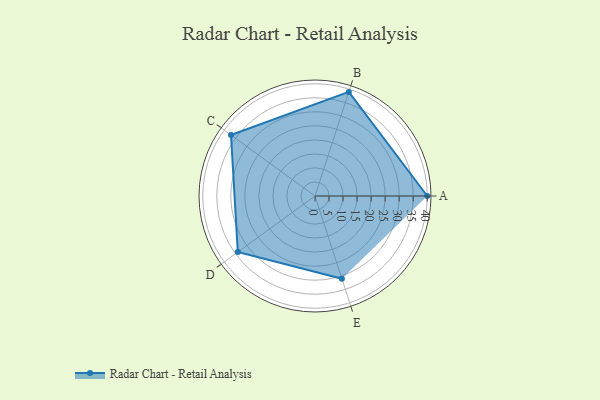
{"axis": {"x": "Skill", "y": "Score"}, "legend": ["Profile"], "data": [{"x": "A", "y": 40.0, "type": "Profile"}, {"x": "B", "y": 39.0, "type": "Profile"}, {"x": "C", "y": 37.0, "type": "Profile"}, {"x": "D", "y": 34.0, "type": "Profile"}, {"x": "E", "y": 31.0, "type": "Profile"}]}